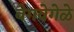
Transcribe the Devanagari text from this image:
वेगवेगेळे